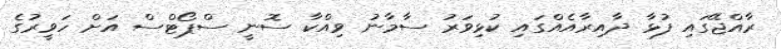
ރާއްޖޭގައި ފުޅާ ދާއިރާއެއްގައި ކުޅިވަރު ސާމާނު ވިއްކާ ސޮނީ ސްޕޯޓްސް އަށް ހަވީރުގެ